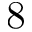
8